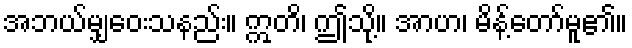
အဘယ်မျှဝေးသနည်း။ ဣတိ၊ ဤသို့။ အာဟ၊ မိန့်တော်မူ၏။